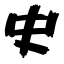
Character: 史